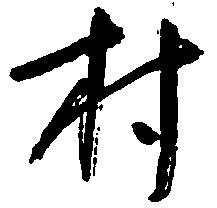
村